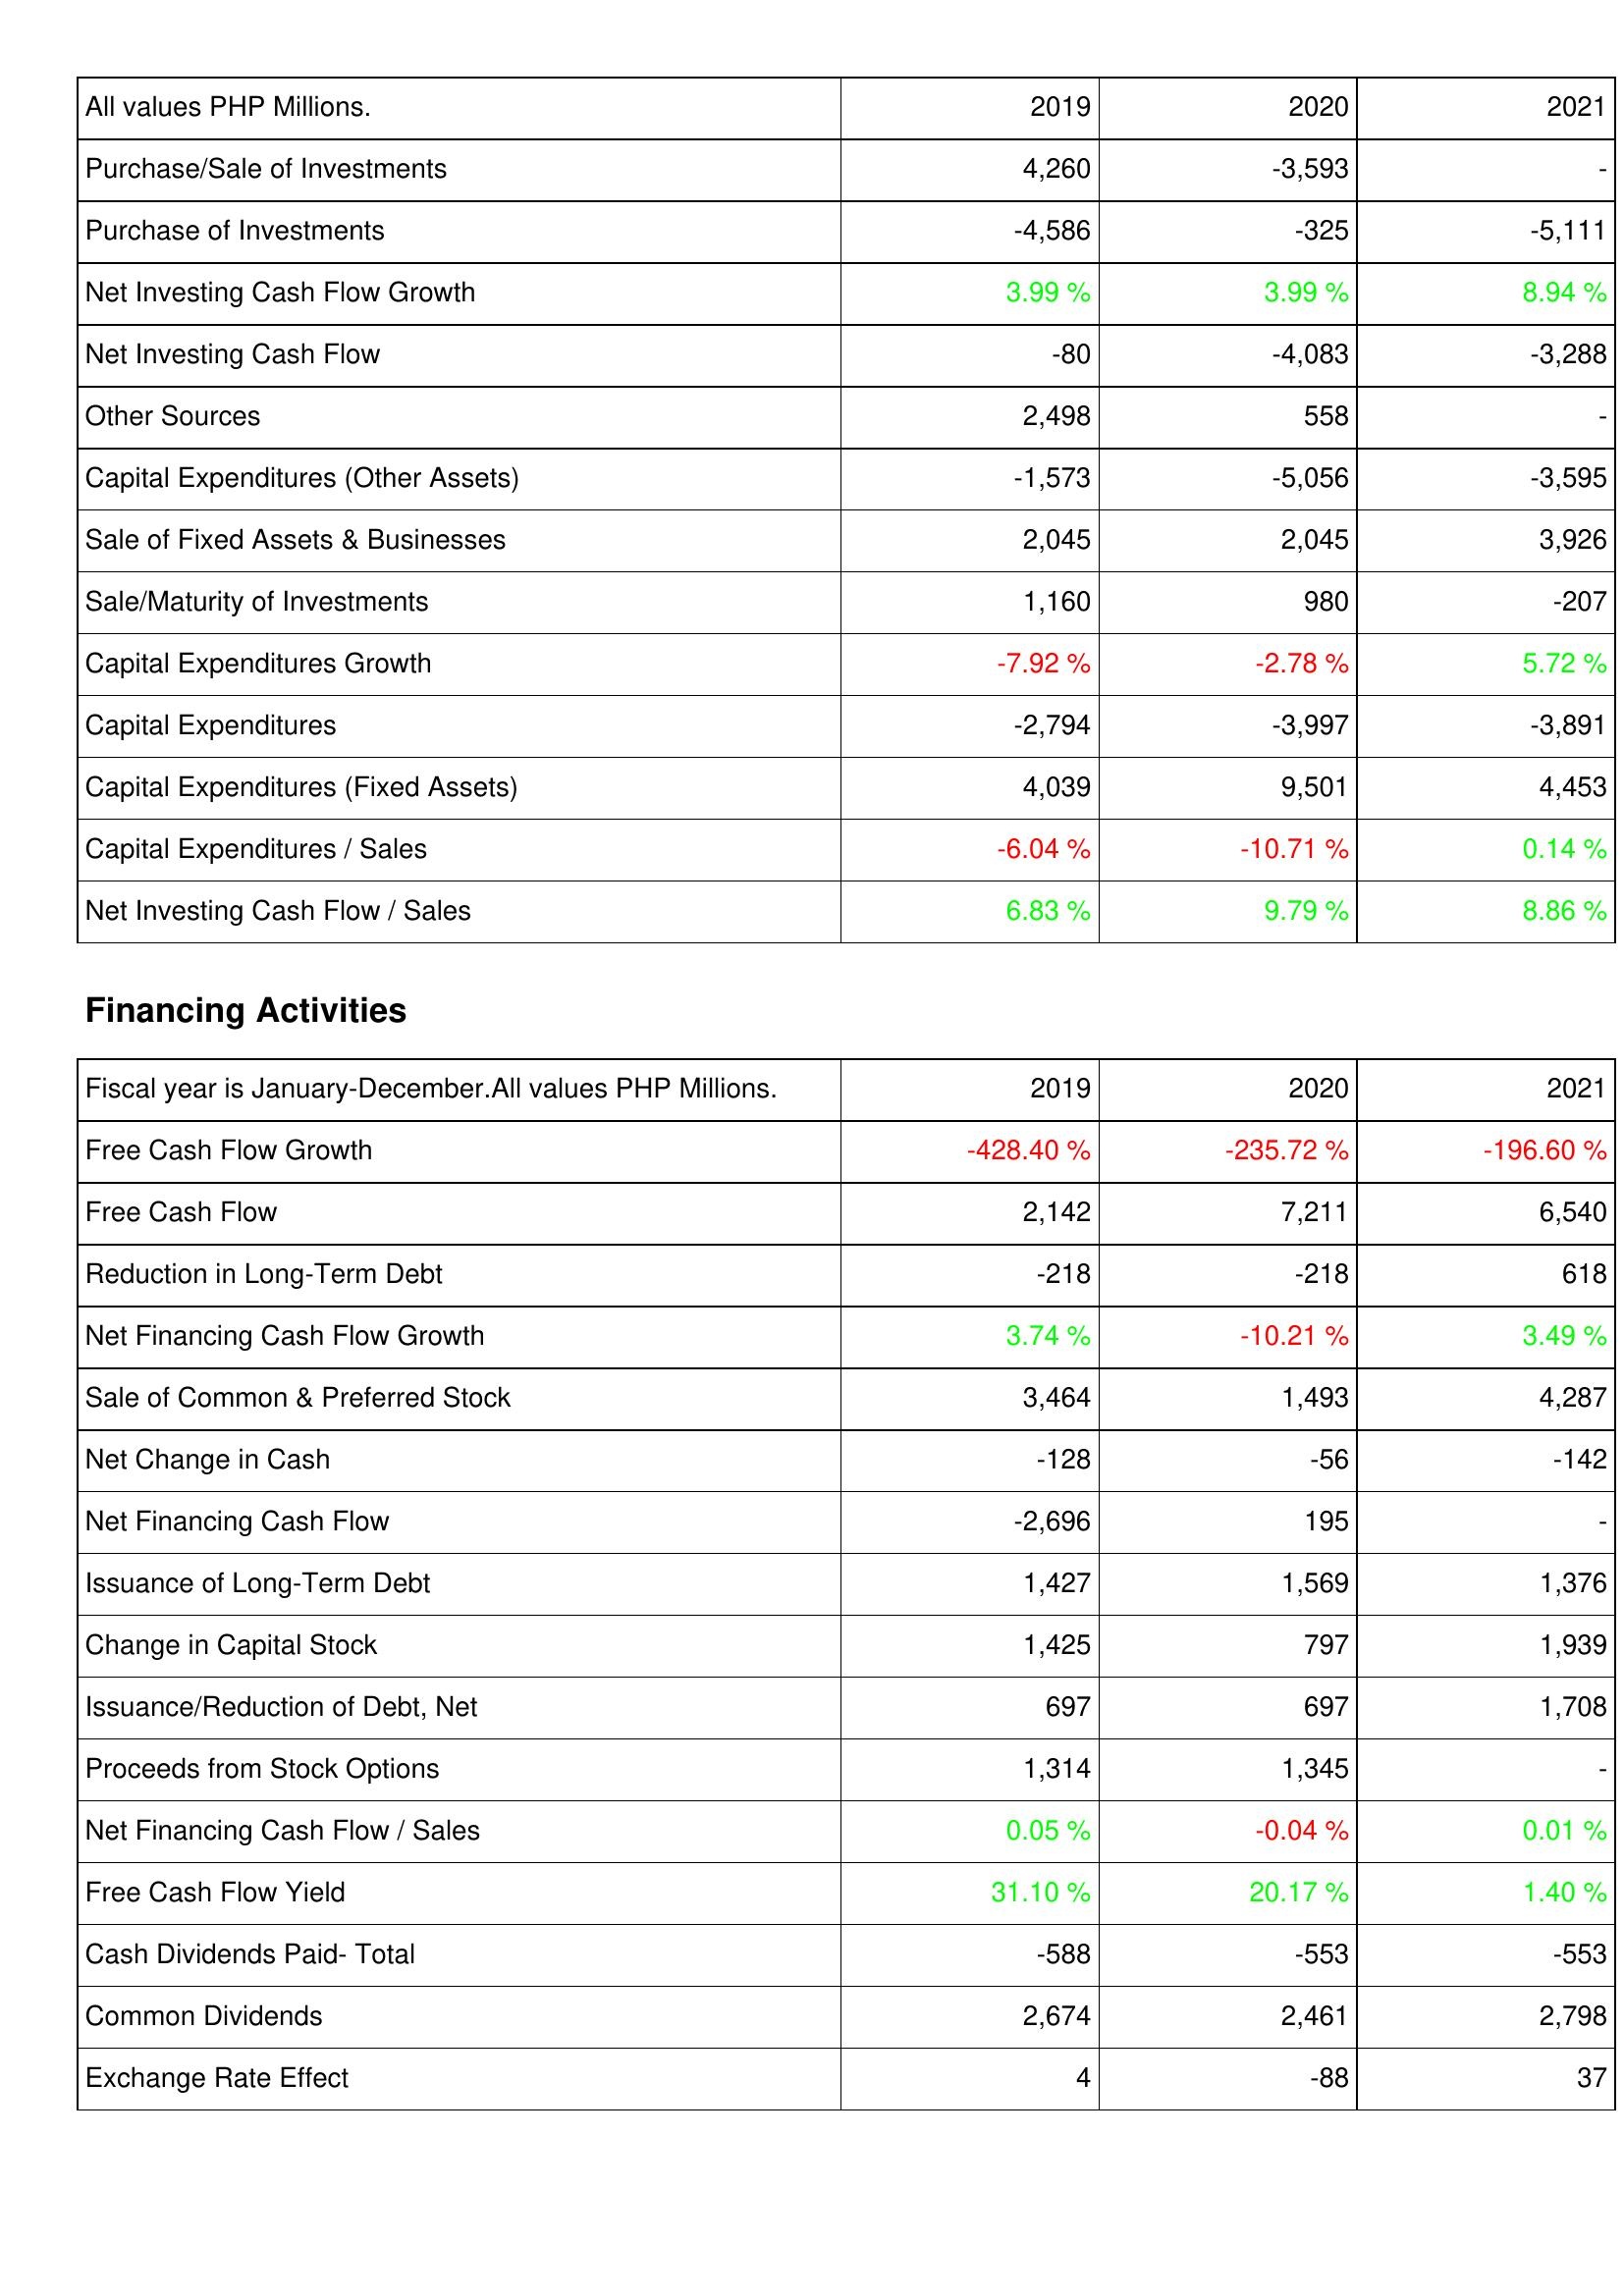
2019: Investing Activities: Purchase/Sale of Investments: 4,260
Purchase of Investments: -4,586
Net Investing Cash Flow Growth: 3.99 %
Net Investing Cash Flow: -80
Other Sources: 2,498
Capital Expenditures (Other Assets): -1,573
Sale of Fixed Assets & Businesses: 2,045
Sale/Maturity of Investments: 1,160
Capital Expenditures Growth: -7.92 %
Capital Expenditures: -2,794
Capital Expenditures (Fixed Assets): 4,039
Capital Expenditures / Sales: -6.04 %
Net Investing Cash Flow / Sales: 6.83 %
Financing Activities: Free Cash Flow Growth: -428.40 %
Free Cash Flow: 2,142
Reduction in Long-Term Debt: -218
Net Financing Cash Flow Growth: 3.74 %
Sale of Common & Preferred Stock: 3,464
Net Change in Cash: -128
Net Financing Cash Flow: -2,696
Issuance of Long-Term Debt: 1,427
Change in Capital Stock: 1,425
Issuance/Reduction of Debt, Net: 697
Proceeds from Stock Options: 1,314
Net Financing Cash Flow / Sales: 0.05 %
Free Cash Flow Yield: 31.10 %
Cash Dividends Paid- Total: -588
Common Dividends: 2,674
Exchange Rate Effect: 4
2020: Investing Activities: Purchase/Sale of Investments: -3,593
Purchase of Investments: -325
Net Investing Cash Flow Growth: 3.99 %
Net Investing Cash Flow: -4,083
Other Sources: 558
Capital Expenditures (Other Assets): -5,056
Sale of Fixed Assets & Businesses: 2,045
Sale/Maturity of Investments: 980
Capital Expenditures Growth: -2.78 %
Capital Expenditures: -3,997
Capital Expenditures (Fixed Assets): 9,501
Capital Expenditures / Sales: -10.71 %
Net Investing Cash Flow / Sales: 9.79 %
Financing Activities: Free Cash Flow Growth: -235.72 %
Free Cash Flow: 7,211
Reduction in Long-Term Debt: -218
Net Financing Cash Flow Growth: -10.21 %
Sale of Common & Preferred Stock: 1,493
Net Change in Cash: -56
Net Financing Cash Flow: 195
Issuance of Long-Term Debt: 1,569
Change in Capital Stock: 797
Issuance/Reduction of Debt, Net: 697
Proceeds from Stock Options: 1,345
Net Financing Cash Flow / Sales: -0.04 %
Free Cash Flow Yield: 20.17 %
Cash Dividends Paid- Total: -553
Common Dividends: 2,461
Exchange Rate Effect: -88
2021: Investing Activities: Purchase/Sale of Investments: -
Purchase of Investments: -5,111
Net Investing Cash Flow Growth: 8.94 %
Net Investing Cash Flow: -3,288
Other Sources: -
Capital Expenditures (Other Assets): -3,595
Sale of Fixed Assets & Businesses: 3,926
Sale/Maturity of Investments: -207
Capital Expenditures Growth: 5.72 %
Capital Expenditures: -3,891
Capital Expenditures (Fixed Assets): 4,453
Capital Expenditures / Sales: 0.14 %
Net Investing Cash Flow / Sales: 8.86 %
Financing Activities: Free Cash Flow Growth: -196.60 %
Free Cash Flow: 6,540
Reduction in Long-Term Debt: 618
Net Financing Cash Flow Growth: 3.49 %
Sale of Common & Preferred Stock: 4,287
Net Change in Cash: -142
Net Financing Cash Flow: -
Issuance of Long-Term Debt: 1,376
Change in Capital Stock: 1,939
Issuance/Reduction of Debt, Net: 1,708
Proceeds from Stock Options: -
Net Financing Cash Flow / Sales: 0.01 %
Free Cash Flow Yield: 1.40 %
Cash Dividends Paid- Total: -553
Common Dividends: 2,798
Exchange Rate Effect: 37